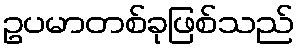
ဥပမာတစ်ခုဖြစ်သည်